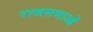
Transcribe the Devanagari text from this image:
राजसभाओं